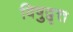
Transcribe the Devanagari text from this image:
विषुद्वृत्त